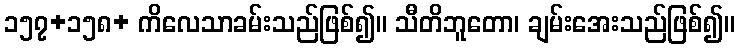
၁၅၇+၁၅၈+ ကိလေသာခမ်းသည်ဖြစ်၍။ သီတိဘူတော၊ ချမ်းအေးသည်ဖြစ်၍။